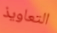
التعاويذ